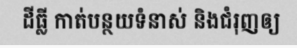
ដីធ្លី កាត់បន្ថយទំនាស់ និងជំរុញឲ្យ